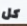
كل